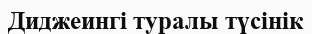
Диджеингі туралы түсінік